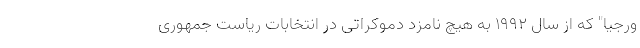
ورجیا" که از سال 1992 به هیچ نامزد دموکراتی در انتخابات ریاست جمهوری